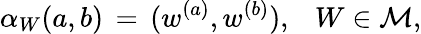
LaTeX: \alpha_{W}(a,b)\, =\, (w^{(a)},w^{(b)}),\; \, \, \, W\in{\cal M},